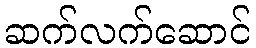
ဆက်လက်ဆောင်